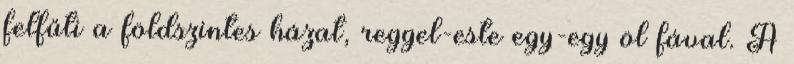
felfűti a földszintes házat, reggel-este egy-egy öl fával. A